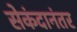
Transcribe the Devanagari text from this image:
सेकंदानंतर